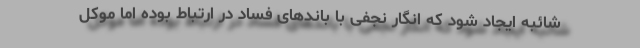
شائبه ایجاد شود که انگار نجفی با باندهای فساد در ارتباط بوده اما موکل